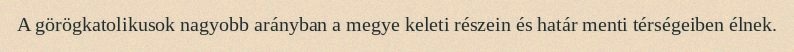
A görögkatolikusok nagyobb arányban a megye keleti részein és határ menti térségeiben élnek.